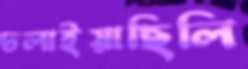
ঢলাইয়াছিলি